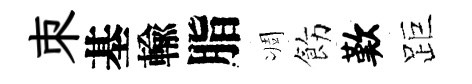
朿基輸脂凋飭歎距